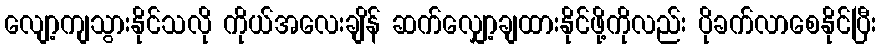
လျော့ကျသွားနိုင်သလို ကိုယ်အလေးချိန် ဆက်လျှော့ချထားနိုင်ဖို့ကိုလည်း ပိုခက်လာစေနိုင်ပြီး